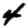
Digit: 4